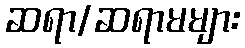
ဆရာ/ဆရာမများ